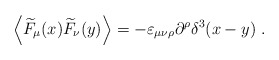
\begin{align*}\left\langle \widetilde{F}_\mu (x)\widetilde{F}_\nu (y)\right\rangle=-\varepsilon _{\mu \nu \rho }\partial ^\rho \delta ^3(x-y)\;. \end{align*}